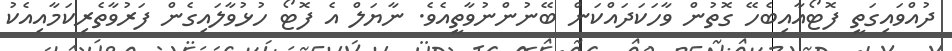
ދުއްވައިގަތީ ފޮޓޯއާއިބެހޭ ގޮތުން ވާހަކަދައްކަން ބޭނުންނުވާތީއެވެ. ނާޔަލް އެ ފޮޓޯ ހުޅުވާލައިގެން ފަރުވާތެރިކަމާއިއެކު